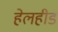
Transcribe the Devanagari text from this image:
हेलहीड